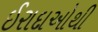
ઈરાદાઓથી